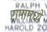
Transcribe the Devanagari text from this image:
रामामध्ये